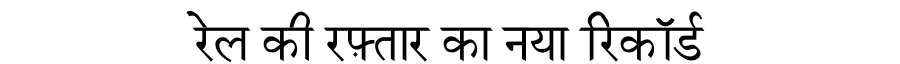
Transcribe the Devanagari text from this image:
रेल की रफ़्तार का नया रिकॉर्ड